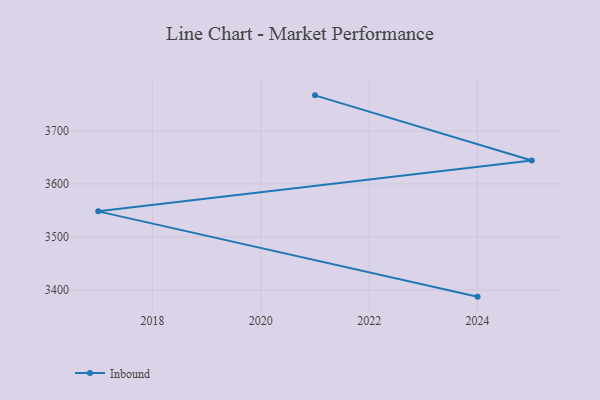
{"axis": {"x": "Year", "y": "Satisfaction Score"}, "legend": ["Inbound"], "data": [{"x": "2024", "y": 3387.3, "type": "Inbound"}, {"x": "2017", "y": 3548.3, "type": "Inbound"}, {"x": "2025", "y": 3644.4, "type": "Inbound"}, {"x": "2021", "y": 3767.3, "type": "Inbound"}]}